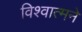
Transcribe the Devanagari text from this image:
विश्वात्मने